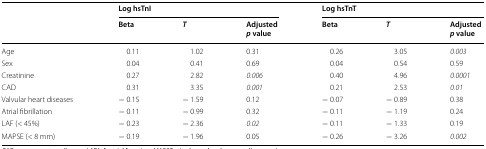
<table><thead><tr><td rowspan="2"></td><td colspan="3"><b>Log hsTnI</b></td><td colspan="3"><b>Log hsTnT</b></td></tr><tr><td><b>Beta</b></td><td><b><i>T</i></b></td><td><b>Adjusted<i>p</i> value</b></td><td><b>Beta</b></td><td><b><i>T</i></b></td><td><b>Adjusted<i>p</i> value</b></td></tr></thead><tbody><tr><td>Age</td><td>0.11</td><td>1.02</td><td>0.31</td><td>0.26</td><td>3.05</td><td><i>0.003</i></td></tr><tr><td>Sex</td><td>0.04</td><td>0.41</td><td>0.69</td><td>0.04</td><td>0.54</td><td>0.59</td></tr><tr><td>Creatinine</td><td>0.27</td><td>2.82</td><td><i>0.006</i></td><td>0.40</td><td>4.96</td><td><i>0.0001</i></td></tr><tr><td>CAD</td><td>0.31</td><td>3.35</td><td><i>0.001</i></td><td>0.21</td><td>2.53</td><td><i>0.01</i></td></tr><tr><td>Valvular heart diseases</td><td>− 0.15</td><td>− 1.59</td><td>0.12</td><td>− 0.07</td><td>− 0.89</td><td>0.38</td></tr><tr><td>Atrial fibrillation</td><td>− 0.11</td><td>− 0.99</td><td>0.32</td><td>− 0.11</td><td>− 1.19</td><td>0.24</td></tr><tr><td>LAF (&lt; 45%)</td><td>− 0.23</td><td>− 2.36</td><td><i>0.02</i></td><td>− 0.11</td><td>− 1.33</td><td>0.19</td></tr><tr><td>MAPSE (&lt; 8 mm)</td><td>− 0.19</td><td>− 1.96</td><td>0.05</td><td>− 0.26</td><td>− 3.26</td><td><i>0.002</i></td></tr></tbody></table>